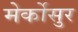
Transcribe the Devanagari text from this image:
मेर्कोसुर